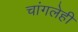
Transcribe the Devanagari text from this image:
चांगलेही